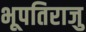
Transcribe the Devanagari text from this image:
भूपतिराजु